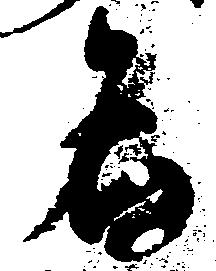
名